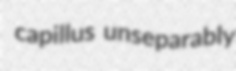
capillus unseparably